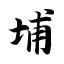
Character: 埔